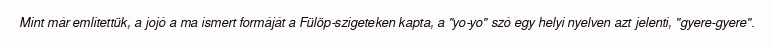
Mint már említettük, a jojó a ma ismert formáját a Fülöp-szigeteken kapta, a "yo-yo" szó egy helyi nyelven azt jelenti, "gyere-gyere".